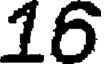
16